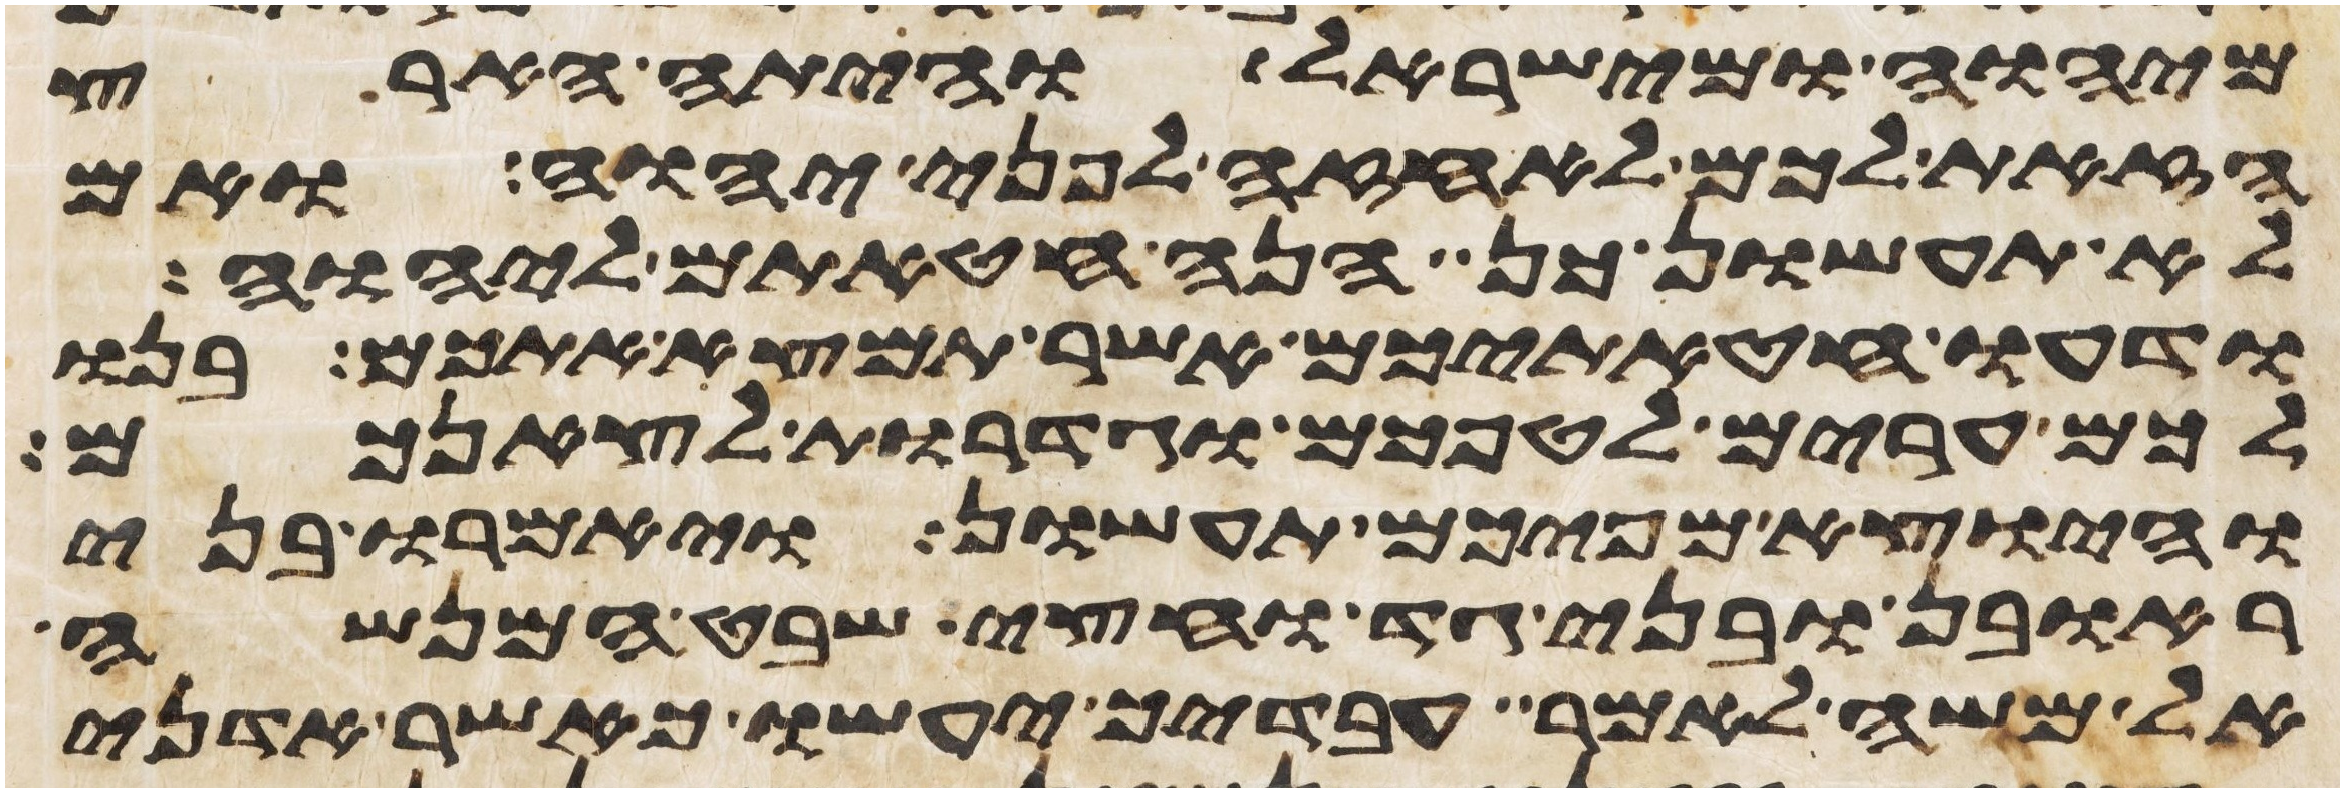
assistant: מיהוה ומישראל והיתה הארץ
הזאת לכם לאחזה לפני יהוה ואם
לא תעשון כן הנה חטאתם ליהוה
ודעו חטאתיכם אשר תמצא אתכם בנו
לכם ערים לטפכם וגדרות לצאנכם
והיוצא מפיכם תעשון ויאמרו בני
ראובן ובני גד וחצי שבט המנשה
אל משה לאמר עבדיך יעשו כאשר אדני